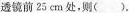
透镜前25cm处，则（）。